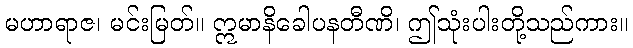
မဟာရာဇ၊ မင်းမြတ်။ ဣမာနိခေါပနတီဏိ၊ ဤသုံးပါးတို့သည်ကား။